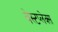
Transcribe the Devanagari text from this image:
वेस्टप्लेक्स